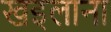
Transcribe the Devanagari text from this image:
खइलाना